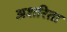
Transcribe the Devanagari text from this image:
अशरिता